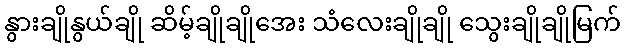
နွားချိုနွယ်ချို ဆိမ့်ချိုချိုအေး သံလေးချိုချို သွေးချိုချိုမြက်